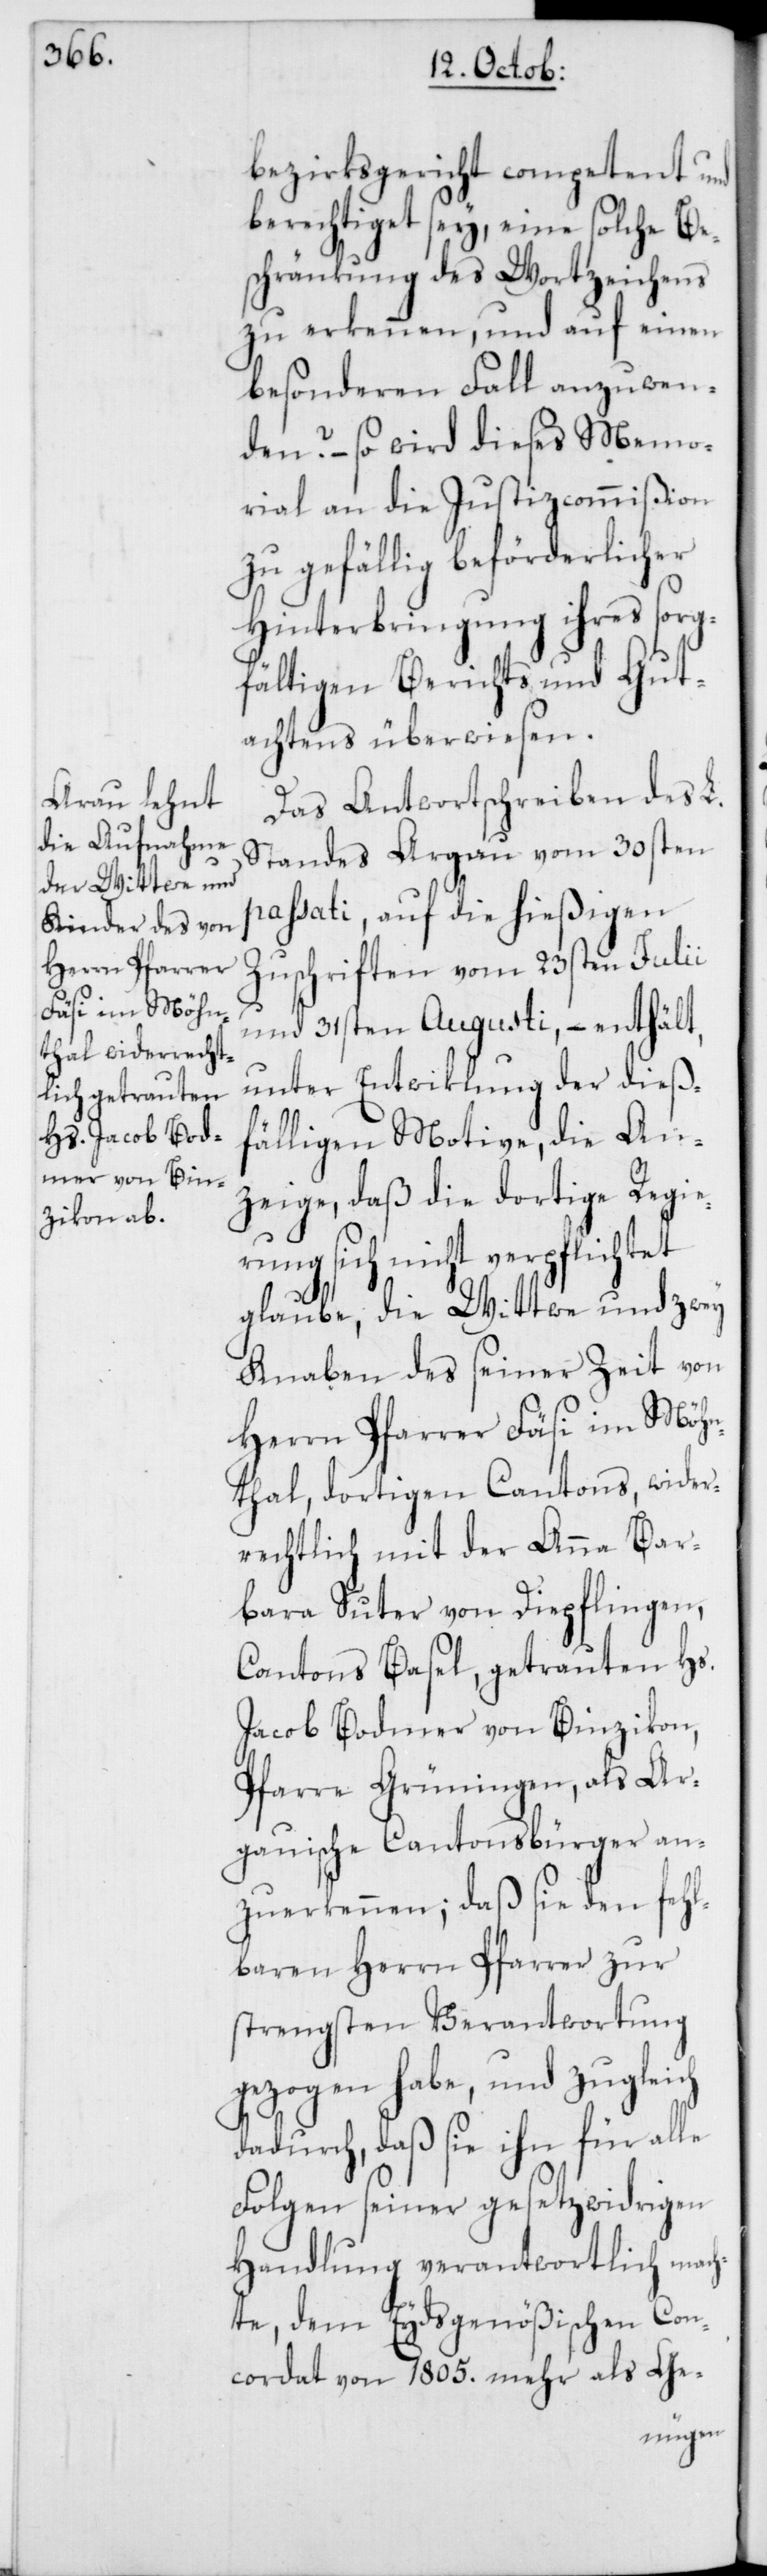
bezirksgericht competent und
berechtiget sey, eine solche Be¬
schränkung des Wortzeichens
zu erkennen, und auf einen
besonderen Fall anzuwen¬
den? – so wird dieses Memo¬
rial an die Justizcommißion
zu gefällig beförderlicher
Hinterbringung ihres sorg¬
fältigen Berichts und Gut¬
achtens überwiesen.
Das Antwortschreiben des L.
Standes Argau vom 30sten
passati, auf die hießigen
Zuschriften vom 23sten Julii
und 31sten Augusti, – enthält,
unter Entwiklung der dieß¬
fälligen Motive, die An¬
zeige, daß die dortige Regie¬
rung sich nicht verpflichtet
glaube, die Wittwe und zwey
Knaben des seiner Zeit von
Herrn Pfarrer Fäsi im Möhn¬
thal, dortigen Cantons, wider¬
rechtlich mit der Anna Bar¬
bara Suter von Diepflingen,
Cantons Basel, getrauten Hs.
Jacob Bodmer von Binzikon,
Pfarre Grüningen, als Ar¬
gauische Cantonsbürger an¬
zuerkennen; daß sie den fehl¬
baren Herrn Pfarrer zur
strengsten Verantwortung
gezogen habe, und zugleich
dadurch, daß sie ihn für alle
Folgen seiner gesetzwidrigen
Handlung verantwortlich mach¬
te, dem Eydsgenößischen Con¬
cordat von 1805. mehr als Ge-